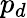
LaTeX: p_{d}